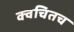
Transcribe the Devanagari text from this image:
क्‍वचितच